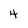
Character: 4